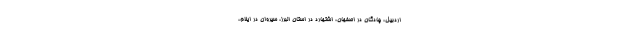
اردبیل، چادگان در اصفهان، اشتهارد در استان البرز، سیروان در ایلام،